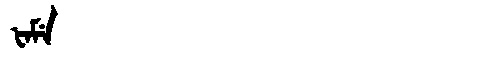
Manchu: ᡶᠠᠮᡝ
Romanization: FAME